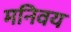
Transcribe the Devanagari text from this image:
मनिवय